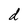
Character: d